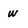
Character: w